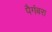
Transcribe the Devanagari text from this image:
पैगंबरा